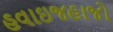
હવાઇજહાજો